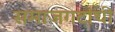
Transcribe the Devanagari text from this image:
समाजगटांची